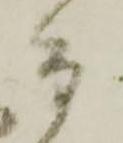
而